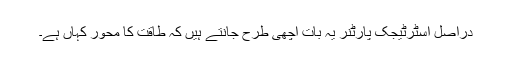
دراصل اسٹرٹیجک پارٹنر یہ بات اچھی طرح جانتے ہیں کہ طاقت کا محور کہاں ہے۔